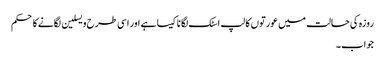
روزہ کی حالت میں عورتوں کا لپ اسٹک لگانا کیسا ہے اور اسی طرح ویسلین لگانےکا حکم
جواب۔